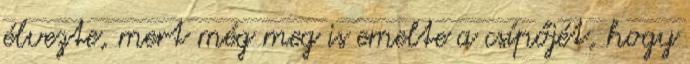
élvezte, mert még meg is emelte a csípőjét, hogy